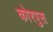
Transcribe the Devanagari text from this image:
कोरपुस